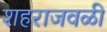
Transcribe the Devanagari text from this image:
शहराजवळी